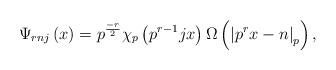
LaTeX: \begin{align*}\Psi_{rnj}\left( x\right) =p^{\frac{-r}{2}}\chi_{p}\left( p^{r-1}jx\right)\Omega\left( \left\vert p^{r}x-n\right\vert _{p}\right) , \end{align*}